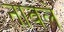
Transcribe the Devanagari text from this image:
नावले